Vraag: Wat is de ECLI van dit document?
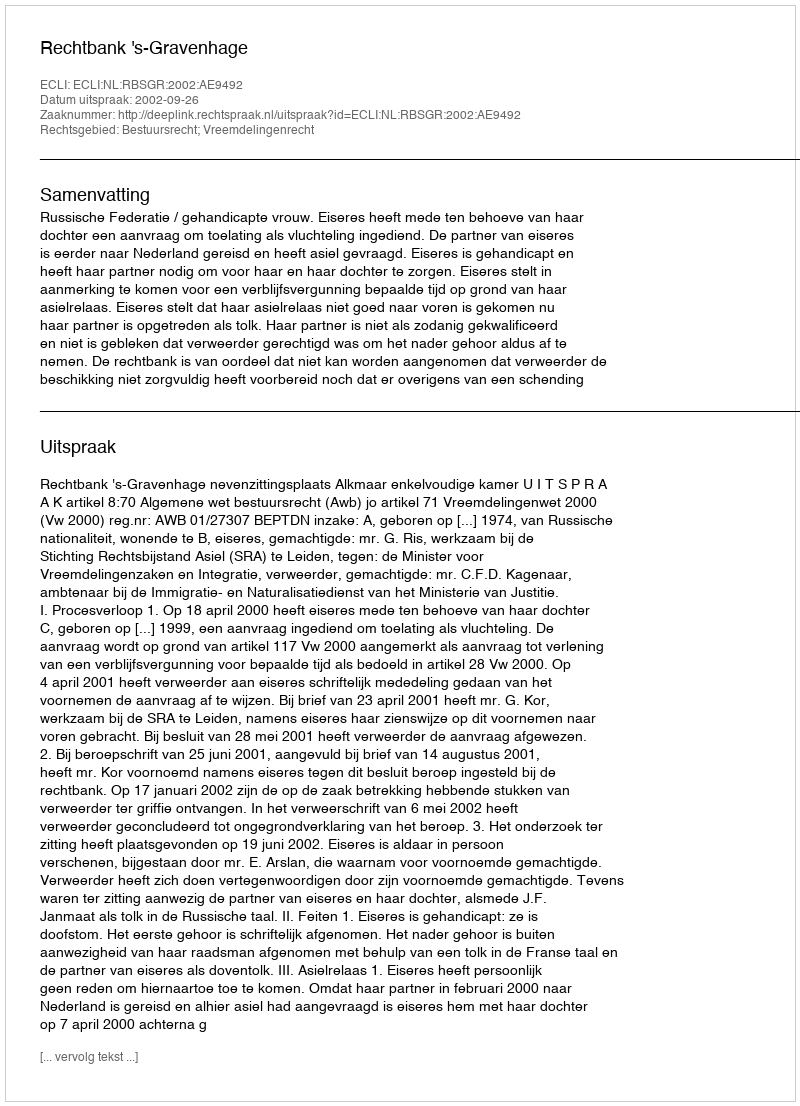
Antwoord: ECLI:NL:RBSGR:2002:AE9492